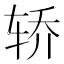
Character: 轿